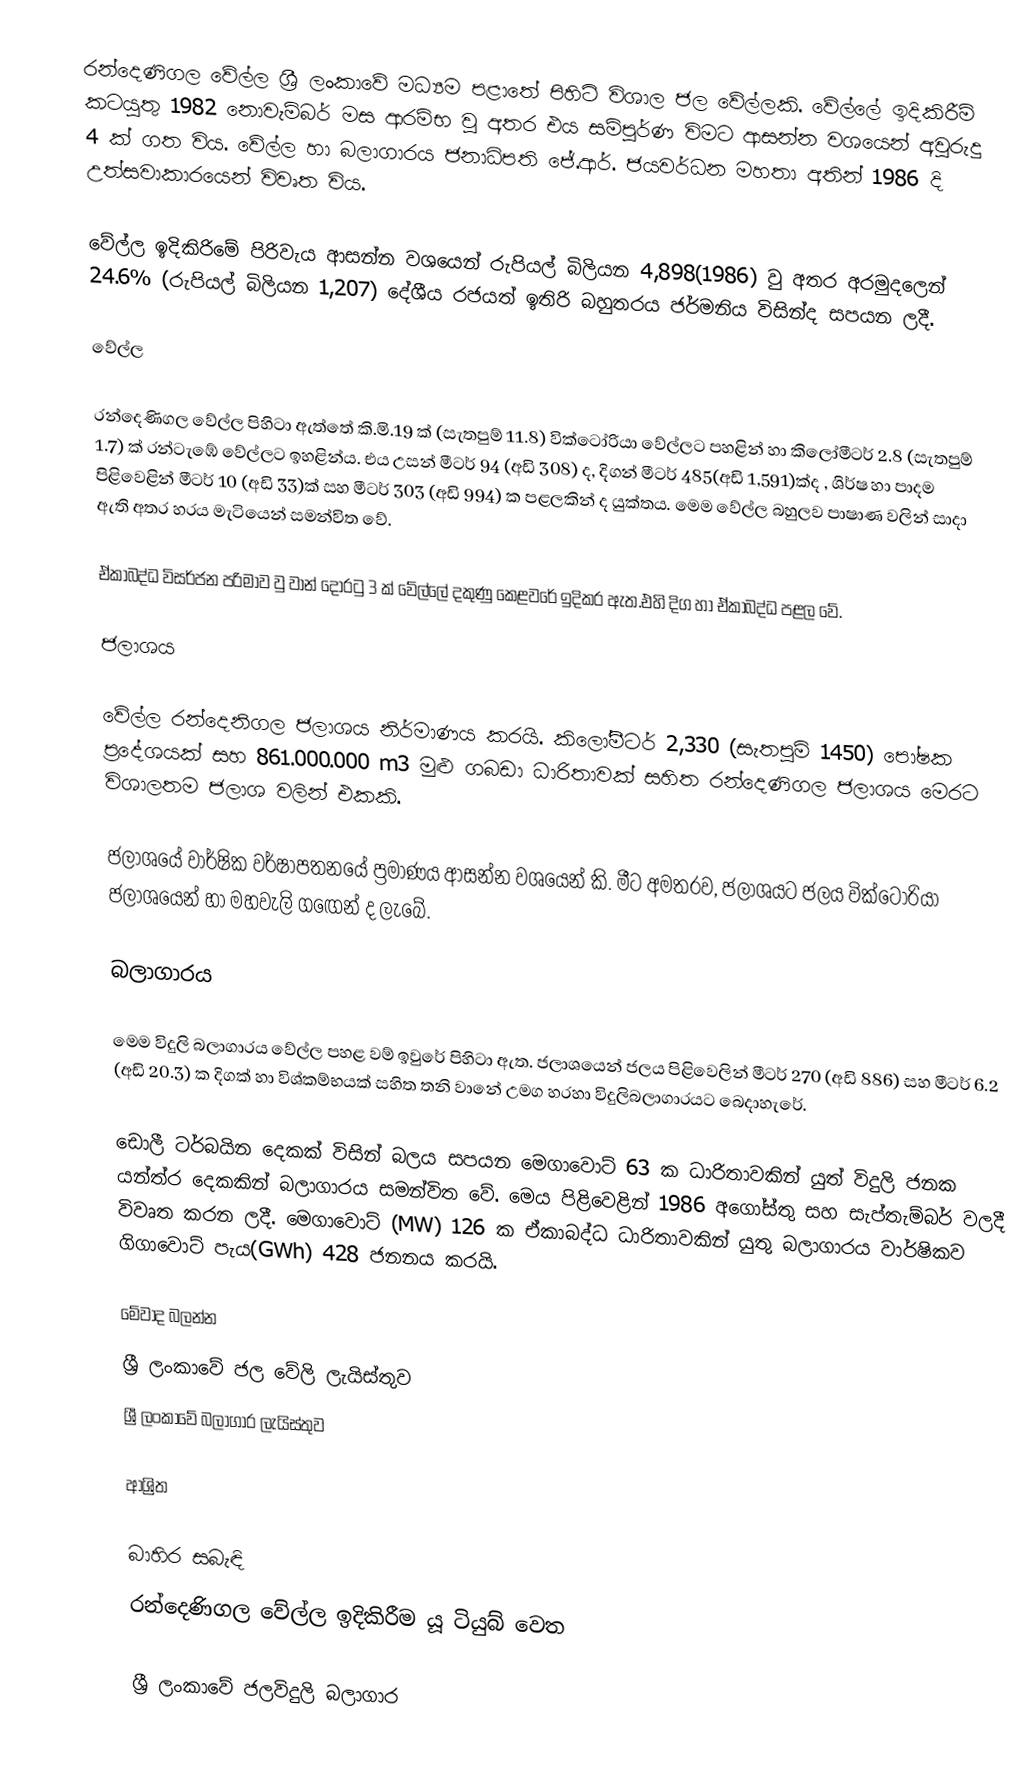
රන්දෙණිගල වේල්ල ශ්‍රී ලංකාවේ මධ්‍යම පළාතේ පිහිටි විශාල ජල වේල්ලකි. වේල්ලේ ඉදිකිරීම් කටයුතු 1982 නොවැම්බර් මස ආරම්භ වු අතර එය සම්පුර්ණ විමට ආසන්න වශයෙන් අවුරුදු 4 ක් ගත විය. වේල්ල හා බලාගාරය ජනාධිපති ජේ.ආර්. ජයවර්ධන මහතා අතින් 1986 දි උත්සවාකාරයෙන් විවෘත විය.

වේල්ල ඉදිකිරිමේ පිරිවැය ආසන්න වශයෙන් රුපියල් බිලියන 4,898(1986) වු අතර අරමුදලෙන් 24.6% (රුපියල් බිලියන 1,207) දේශීය රජයත් ඉතිරි බහුතරය ජර්මනිය විසින්ද සපයන ලදී.

වේල්ල

රන්දෙණිගල වේල්ල  පිහිටා ඇත්තේ කි.මි.19 ක් (සැතපුම් 11.8) වික්ටෝරියා වේල්ලට පහළින් හා කිලෝමීටර් 2.8 (සැතපුම් 1.7) ක් රන්ටැඹේ වේල්ලට ඉහළින්ය. එය උසන් මීටර් 94 (අඩි 308) ද, දිගන් මීටර් 485(අඩි 1,591)ක්ද , ශිර්ෂ හා පාදම පිළිවෙළින් මීටර් 10 (අඩි 33)ක්  සහ මීටර් 303 (අඩි 994) ක පළලකින් ද යුක්තය. මෙම වේල්ල බහුලව පාෂාණ වලින් සාදා ඇති අතර හරය මැටියෙන් සමන්විත වේ.

ඒකාබද්ධ විසර්ජන පරිමාව  වු වාන් දොරටු 3 ක් වේල්ලේ දකුණු කෙළවරේ ඉදිකර ඇත.එහි දිග   හා ඒකාබද්ධ පළල  වේ.

ජලාශය

වේල්ල රන්දෙනිගල ජලාශය නිර්මාණය කරයි. කිලෝමීටර් 2,330 (සැතපුම් 1450) පෝෂක ප්‍රදේශයක් සහ 861.000.000 m3 මුළු ගබඩා ධාරිතාවක් සහිත රන්දෙණිගල ජලාශය මෙරට විශාලතම ජලාශ වලින් එකකි. 

ජලාශයේ වාර්ෂික වර්ෂාපතනයේ ප්‍රමාණය ආසන්න වශයෙන් කි. මීට අමතරව, ජලාශයට ජලය වික්ටෝරියා ජලාශයෙන් හා මහවැලි ගඟෙන් ද ලැබේ.

බලාගාරය

මෙම විදුලි බලාගාරය වේල්ල පහළ වම් ඉවුරේ පිහිටා ඇත. ජලාශයෙන් ජලය පිළිවෙලින් මීටර් 270 (අඩි 886) සහ මීටර් 6.2 (අඩි 20.3) ක දිගක් හා විශ්කම්භයක් සහිත තනි වානේ උමග හරහා විදුලිබලාගාරයට බෙදාහැරේ.

ඩොලී ටර්බයින දෙකක් විසින් බලය සපයන මෙගාවොට් 63 ක ධාරිතාවකින් යුත් විදුලි ජනක යන්ත්ර දෙකකින් බලාගාරය  සමන්විත වේ. මෙය පිළිවෙළින් 1986 අගෝස්තු සහ සැප්තැම්බර් වලදී විවෘත කරන ලදී. මෙගාවොට් (MW) 126 ක ඒකාබද්ධ ධාරිතාවකින් යුතු බලාගාරය වාර්ෂිකව ගිගාවොට් පැය(GWh) 428 ජනනය කරයි.

මේවාද බලන්න
 ශ්‍රී ලංකාවේ ජල වේලි ලැයිස්තුව
 ශ්‍රී ලංකාවේ බලාගාර ලැයිස්තුව

ආශ්‍රිත

බාහිර සබැඳි
 රන්දෙණිගල වේල්ල ඉදිකිරීම  යූ ටියුබ් වෙත

ශ්‍රී ලංකාවේ ජලවිදුලි බලාගාර